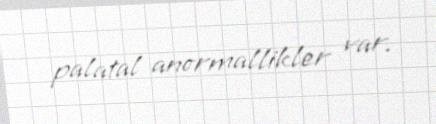
palatal anormallikler var.